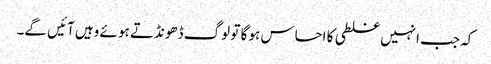
کہ جب انہیں غلطی کا احساس ہو گا تو لوگ ڈھونڈتے ہو ئے وہیں آئیں گے۔